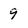
Character: 9